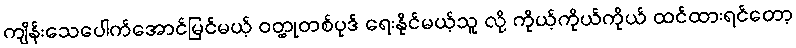
ကျိန်းသေပေါက်အောင်မြင်မယ့် ဝတ္ထုတစ်ပုဒ် ရေးနိုင်မယ့်သူ လို့ ကိုယ့်ကိုယ်ကိုယ် ထင်ထားရင်တော့